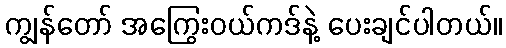
ကျွန်တော် အကြွေးဝယ်ကဒ်နဲ့ ပေးချင်ပါတယ်။